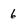
Character: 6